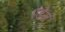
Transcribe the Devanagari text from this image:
एंडेज